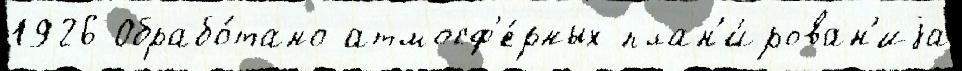
1926 Обрабо́тано атмосф'е́рных план'и́рован'иjа